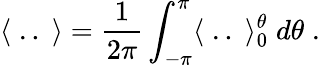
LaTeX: \langle\; ..\; \rangle=\frac{1}{2\pi}\int_{-\pi}^{\pi}\langle\; ..\; \rangle_{0}^{\theta}\; d\theta\; .